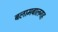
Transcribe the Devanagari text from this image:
बलामबालगह